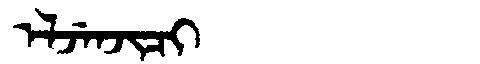
Manchu: ᡝᠯᠵᡝᠨᠵᡳᠴᡳ
Romanization: ELJENJICI